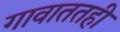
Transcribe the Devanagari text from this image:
गावाततही